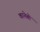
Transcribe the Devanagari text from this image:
कानेबो